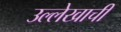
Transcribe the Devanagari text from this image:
उल्लेखाची